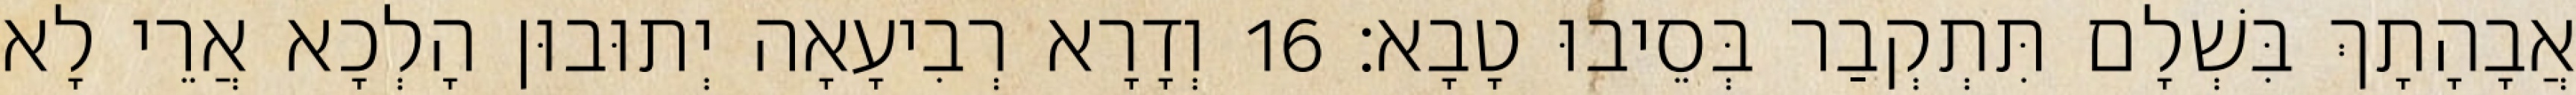
אֲבָהָתָךְ בִּשְׁלָם תִּתְקְבַר בְּסֵיבוּ טָבָא׃ 16 וְדָרָא רְבִיעָאָה יְתוּבוּן הָלְכָא אֲרֵי לָא